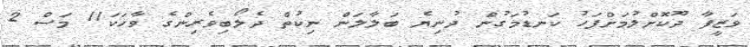
ވަޒީފާ ދޫކޮށްލުމަށްފަހު ކަނޑުމަގުން ދުނިޔެ ބަލާލަން ނިކުތް ދެލޯބިވެރިންގެ ވާހަކަ11 މަސް 2